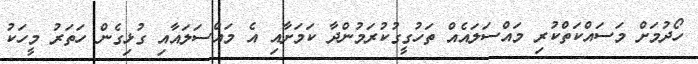
ހޯދުމަށް މަސައްކަތްކުރި މައްސަލައެއް ތަހުގީގުކުރަމުންދާ ކަމަށާއި އެ މައްސަލައާއި ގުޅިގެން ހަތަރު މީހަކު